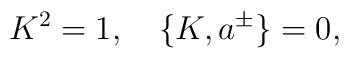
K^{2}=1,\quad \{K,a^{\pm}\}=0,